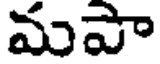
మపా